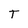
Character: T